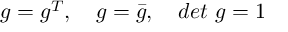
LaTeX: g = g ^ { T } , \quad g = \bar { g } , \quad d e t \, \, g = 1